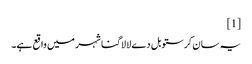
[1]
یہ سان کرستوبل دے لا لاگنا شہر میں واقع ہے۔